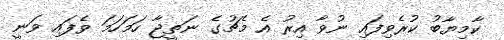
ކާމިޔާބު ކުރެވިފައި ނުވާ އިރު އެ މެޗުގެ ނަތީޖާ ހަމަހަމަ ވެފައި ވަނީ